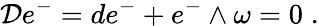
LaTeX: {\cal D}e^{-}=de^{-}+e^{-}\wedge\omega=0\; .